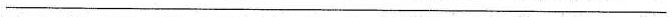
___